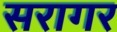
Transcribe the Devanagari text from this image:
सरागर